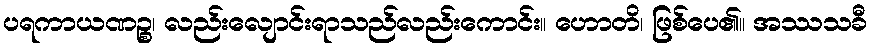
ပရကာယဏဉ္စ၊ လည်းလျောင်းရာသည်လည်းကောင်း။ ဟောတိ၊ ဖြစ်ပေ၏။ အဿသခီ